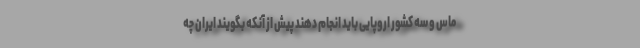
ماس و سه کشور اروپایی باید انجام دهند پیش از آنکه بگویند ایران چه